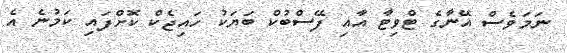
ނަމަވެސް އޭނާގެ ޓްވިޓާ އާއި ފޭސްބުކް ބަޔަކު ހައިޖެކް ކޮށްފައި ކަމުނެ އެ